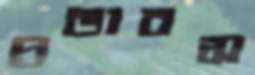
প্রভাবস